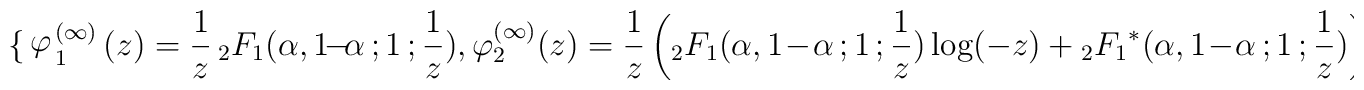
\begin{cases} \varphi^{(\infty)}_1(z) = \frac{1}{z} \,	{}_2F_1(\alpha, 1\!-\!\alpha\,; 1 \,; \frac{1}{z}),\\ \varphi^{(\infty)}_2(z) = \frac{1}{z} 	\left({}_2F_1(\alpha, 1\!-\!\alpha\,; 1 \,; \frac{1}{z}) \log(-z)	+ {{}_2F_1}^*(\alpha, 1\!-\!\alpha\,; 1 \,; \frac{1}{z})\right).\end{cases}